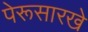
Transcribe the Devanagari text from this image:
पेरूसारखे